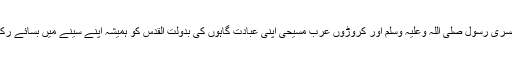
مسلمان مسریٰ رسول صلی اللہ وعلیہ وسلم اور کروڑوں عرب مسیحی اپنی عبادت گاہوں کی بدولت القدس کو ہمیشہ اپنے سینے میں بسائے رکھیں گے۔